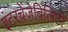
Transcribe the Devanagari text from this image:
इंटरचेंजेबिलिटी